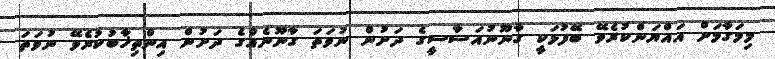
މިމަގާމަށް އައްޔަންކުރެވޭ ބޭފުޅަކީ ގާނޫނުއަސާސީގެ ދަށުން ނުވަތަ ގާނޫނެއްގެ ދަށުން އިންތިޚާބުކުރެވޭ ނުވަތަ